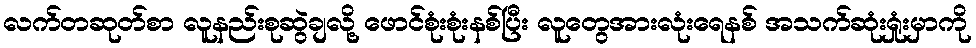
လက်တဆုတ်စာ လူနည်းစုဆွဲချလို့ ဖောင်စုံးစုံးနစ်ပြီး လူတွေအားလုံးရေနစ် အသက်ဆုံးရှုံးမှာကို